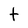
Character: t